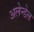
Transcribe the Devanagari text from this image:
अलेन्डेल